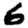
Digit: 6